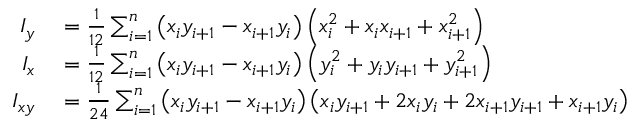
\begin{array} { r l } { I _ { y } } & { { } = { \frac { 1 } { 1 2 } } \sum _ { i = 1 } ^ { n } \left( x _ { i } y _ { i + 1 } - x _ { i + 1 } y _ { i } \right) \left( x _ { i } ^ { 2 } + x _ { i } x _ { i + 1 } + x _ { i + 1 } ^ { 2 } \right) } \\ { I _ { x } } & { { } = { \frac { 1 } { 1 2 } } \sum _ { i = 1 } ^ { n } \left( x _ { i } y _ { i + 1 } - x _ { i + 1 } y _ { i } \right) \left( y _ { i } ^ { 2 } + y _ { i } y _ { i + 1 } + y _ { i + 1 } ^ { 2 } \right) } \\ { I _ { x y } } & { { } = { \frac { 1 } { 2 4 } } \sum _ { i = 1 } ^ { n } \left( x _ { i } y _ { i + 1 } - x _ { i + 1 } y _ { i } \right) \left( x _ { i } y _ { i + 1 } + 2 x _ { i } y _ { i } + 2 x _ { i + 1 } y _ { i + 1 } + x _ { i + 1 } y _ { i } \right) } \end{array}